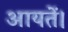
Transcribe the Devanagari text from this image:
आयतें।